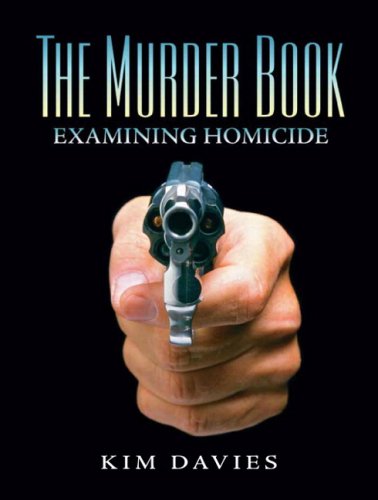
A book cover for The Murder Book: Examining Homicide; Kimberly A. Davies; Law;